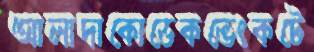
আলাদাকোডেকভেংকটে